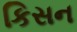
કિસન